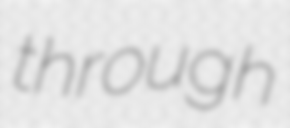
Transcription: through